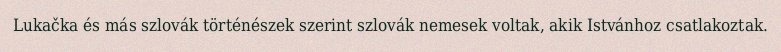
Lukačka és más szlovák történészek szerint szlovák nemesek voltak, akik Istvánhoz csatlakoztak.